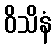
ဝိသိနံ